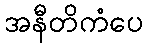
အနီတိကံပေ